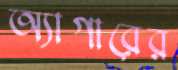
অ্যাগারের